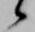
候